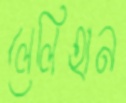
লেলিহান